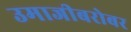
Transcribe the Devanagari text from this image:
उमाजीबरोबर